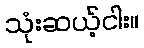
သုံးဆယ့်ငါး။